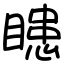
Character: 瞣